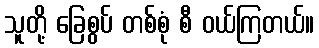
သူတို့ ခြေစွပ် တစ်စုံ စီ ဝယ်ကြတယ်။